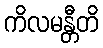
ကိလမန္တီတိ